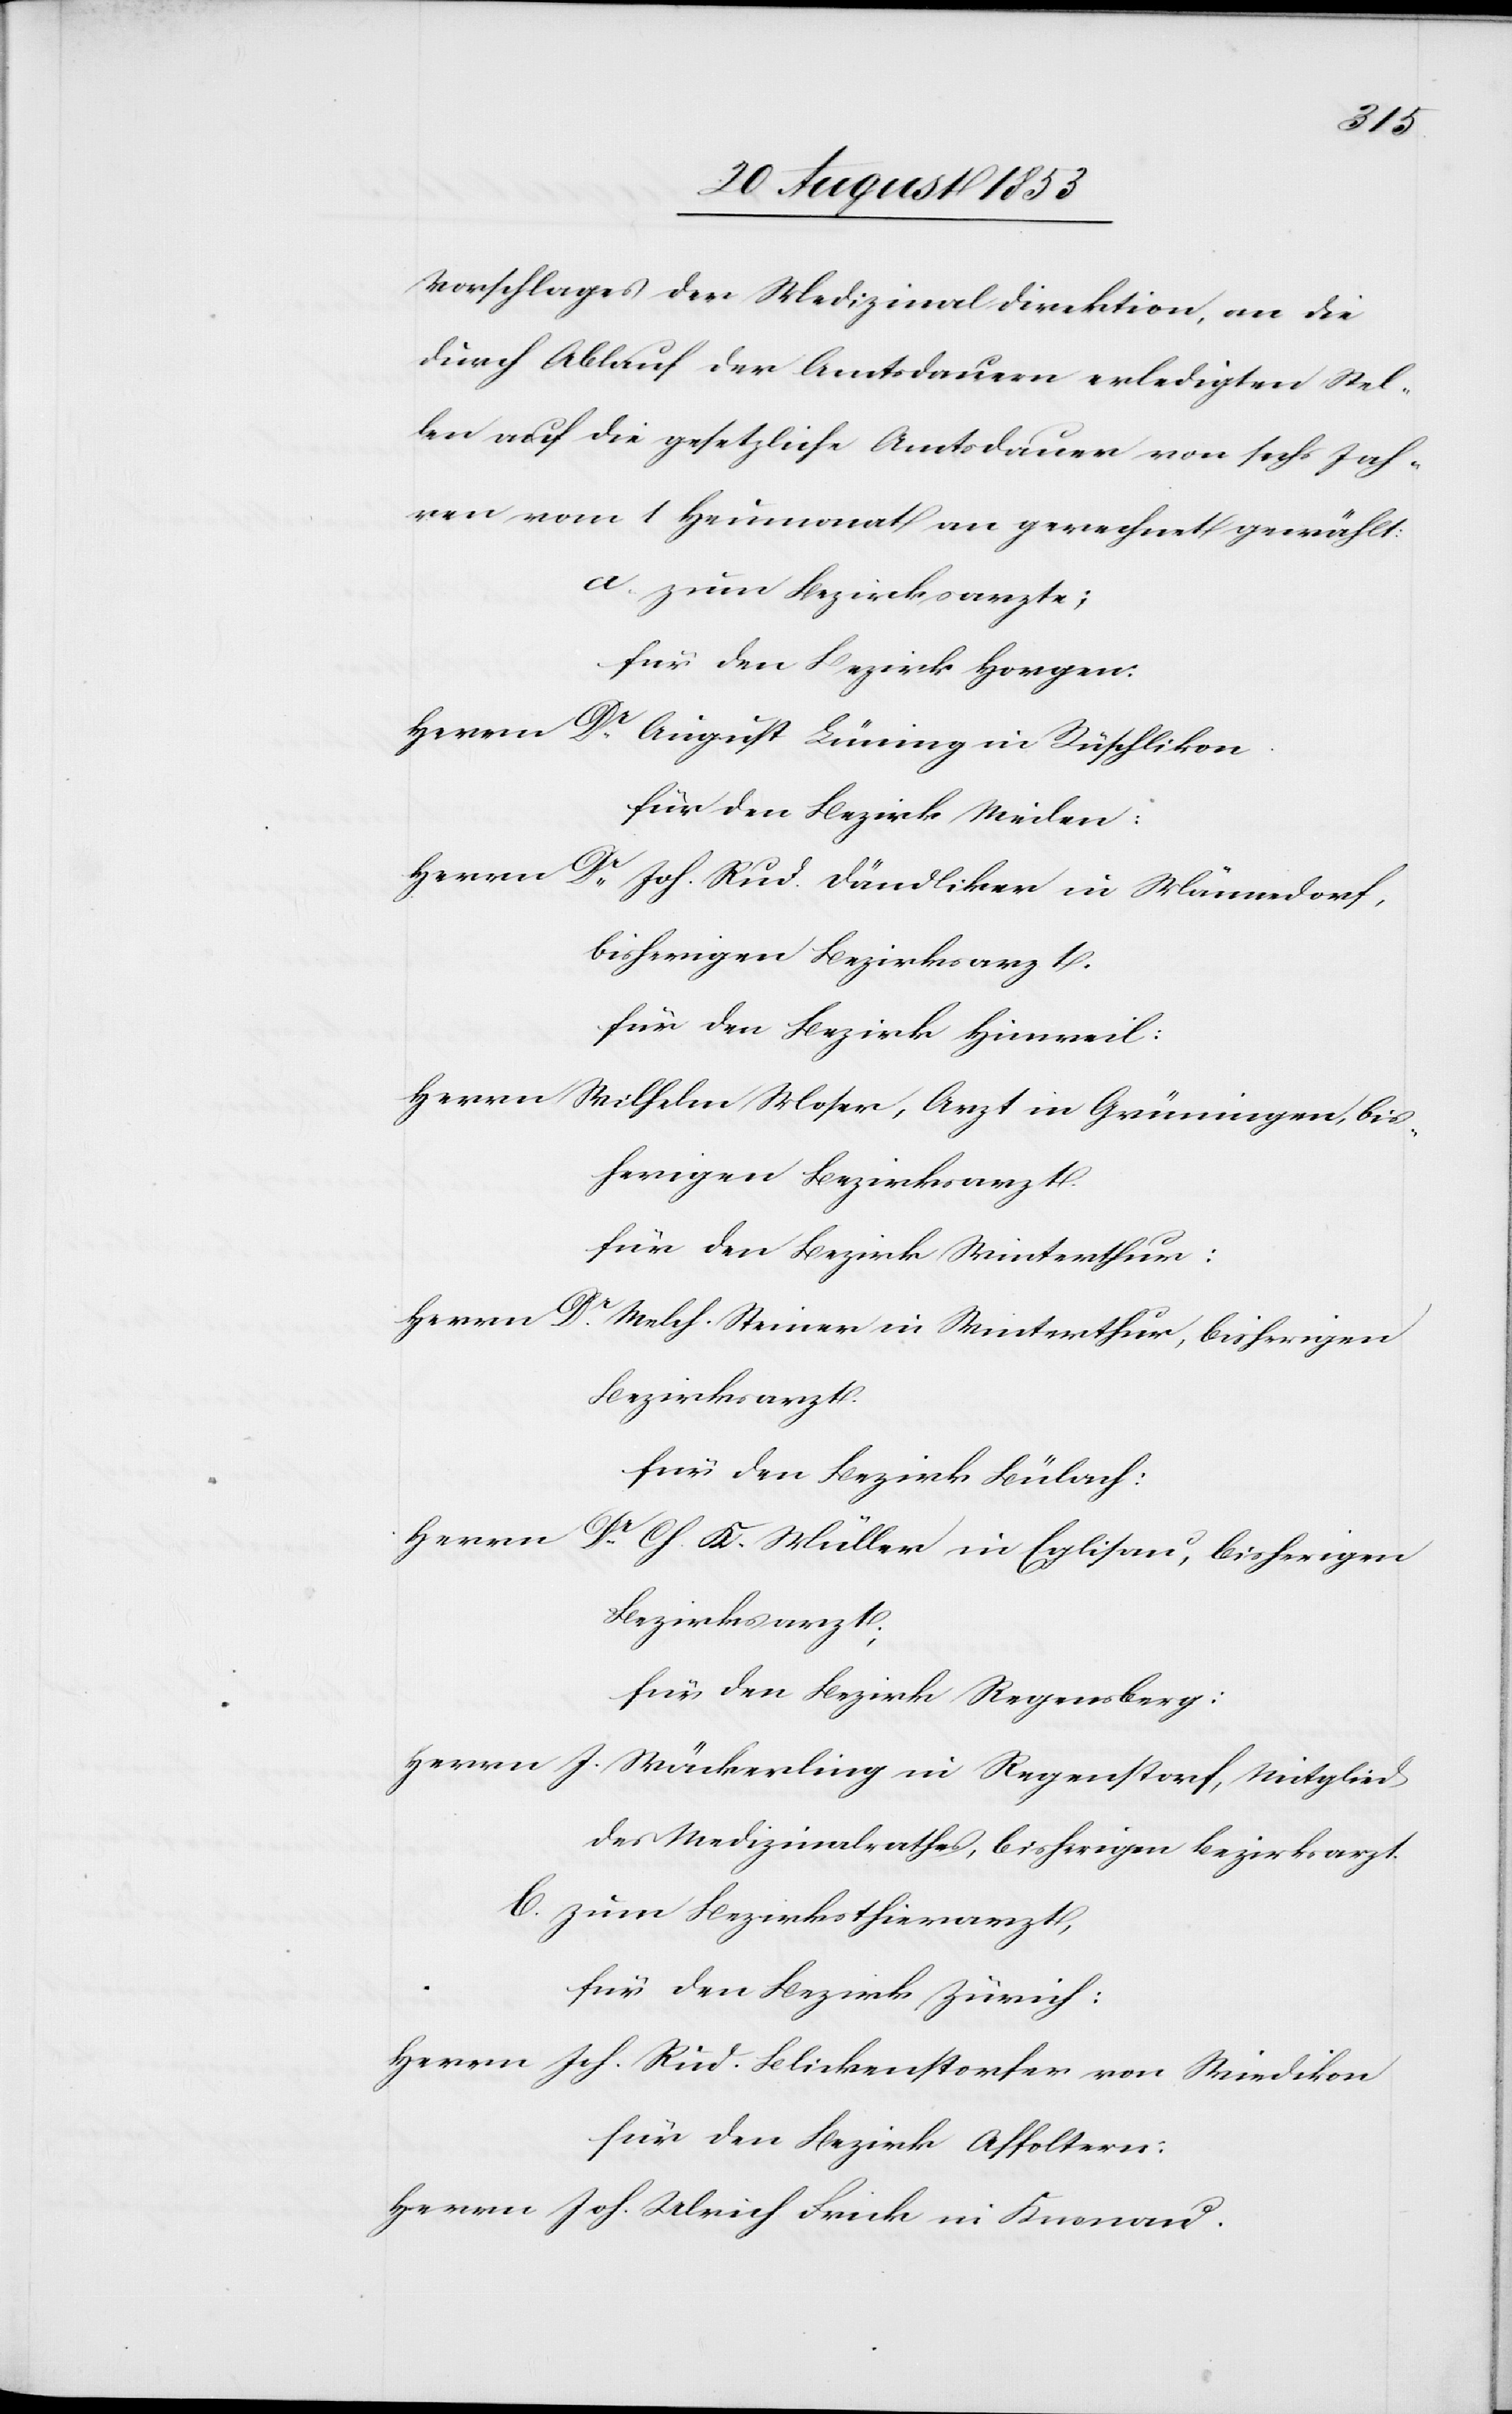
Vorschlages der Medizinaldirektion, an die
durch Ablauf der Amtsdauer erledigten Stel¬
len auf die gesetzliche Amtsdauer von sechs Jah¬
ren von 1 Heumonat an gerechnet gewählt:
a. zum Bezirksarzte;
für den Bezirk Horgen:
Herrn Dr August Lüning in Rüschlikon.
für den Bezirk Meilen:
Herrn Dr Joh. Rud. Dändliker in Männedorf,
bisherigen Bezirksarzt.
für den Bezirk Hinweil:
Herrn Wilhelm Moser, Arzt in Grüningen, bis¬
herigen Bezirksarzt.
für den Bezirk Winterthur:
Herrn Dr Melch. Steiner Winterthur, bisherigen
Bezirksarzt.
für den Bezirk Bülach:
Herrn Dr Cf. K. Müller in Eglisau, bisherigen
Bezirksarzt;
für den Bezirk Regensberg:
Herrn J. Wäckerling in Regenstorf, Mitglied
des Medizinalrathes, bisherigen Bezirksarzt.
b. zum Bezirksthierarzt,
für den Bezirk Zürich:
Herrn Joh. Rud. Blickenstorfer von Wiedikon
für den Bezirk Affoltern:
Herrn Joh. Ulrich Frick in Knonau.